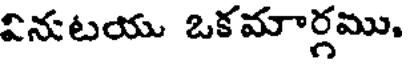
వినుటయు ఒకమార్గము.